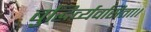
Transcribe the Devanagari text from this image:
बुद्धिर्व्यवसिता।।